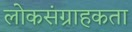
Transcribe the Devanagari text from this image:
लोकसंग्राहकता